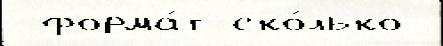
 форма́т ско́лько